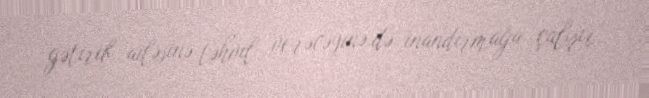
gətirib ailəsinə təhvil verəcəyinə də inandırmağa çalışır.